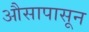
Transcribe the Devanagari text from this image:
औसापासून